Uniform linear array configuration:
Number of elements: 32
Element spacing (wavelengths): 0.25
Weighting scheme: exponential
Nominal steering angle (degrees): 15
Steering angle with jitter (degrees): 16.062
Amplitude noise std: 0.05
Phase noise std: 0.05

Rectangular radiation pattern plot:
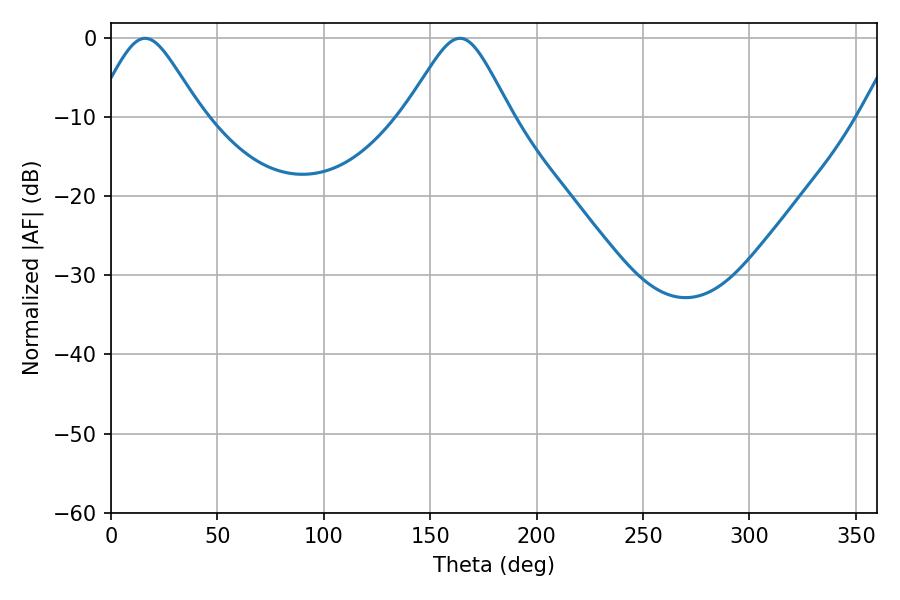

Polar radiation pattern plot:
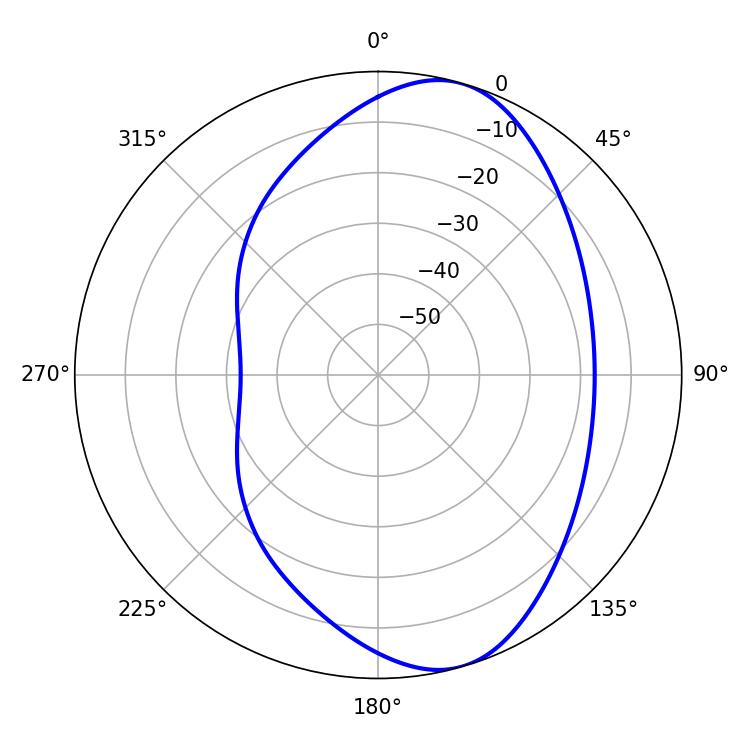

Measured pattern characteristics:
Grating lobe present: FALSE
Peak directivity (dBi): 8.099
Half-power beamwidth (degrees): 24.12
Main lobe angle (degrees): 16.02